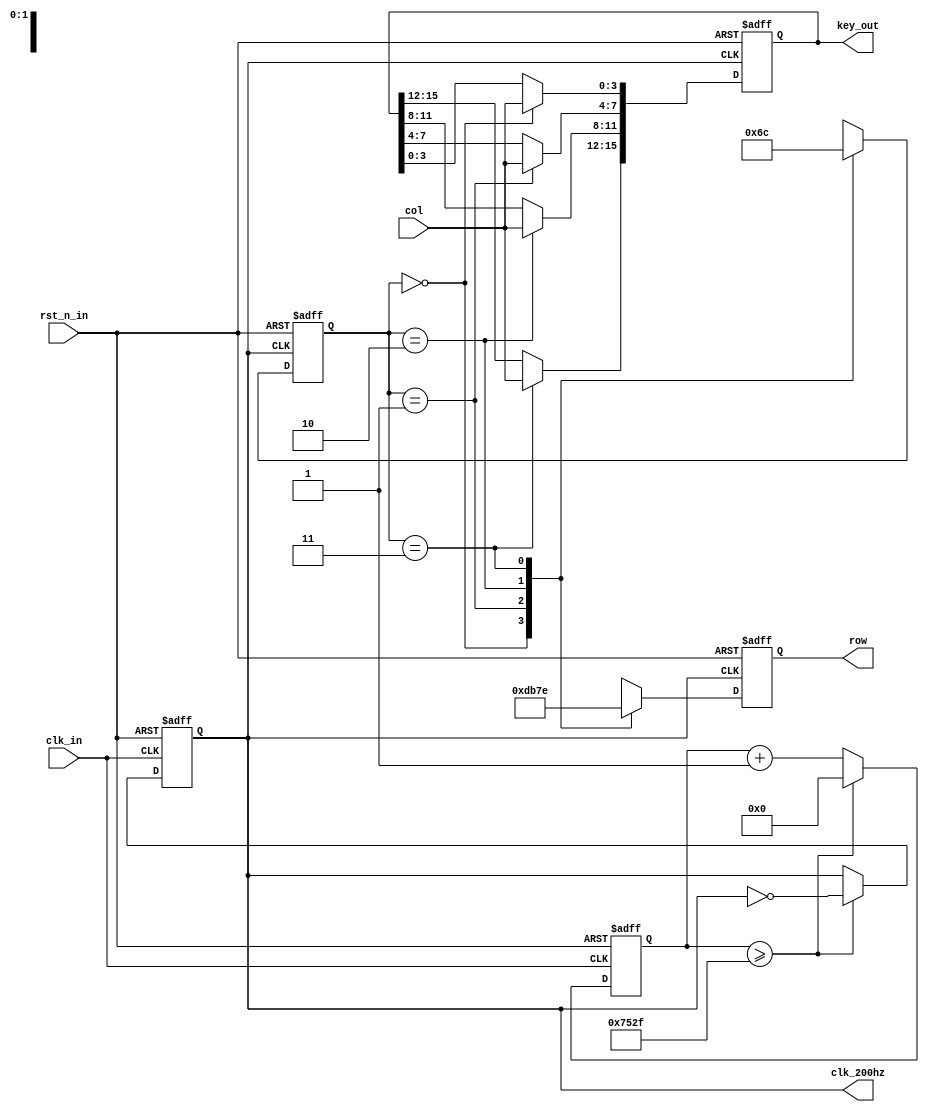
module Array_KeyBoard #
(
	parameter			NUM_FOR_200HZ = 60000	
)
(
	input					clk_in,			
	input					rst_n_in,		
	input			[3:0]	col,
	output 			reg		clk_200hz,
	output	reg		[15:0]  key_out,	
	output	reg		[3:0]	row					
);

	localparam			STATE0 = 2'b00;
	localparam			STATE1 = 2'b01;
	localparam			STATE2 = 2'b10;
	localparam			STATE3 = 2'b11;
 

	reg		[15:0]		cnt;
	always@(posedge clk_in or negedge rst_n_in) begin
		if(!rst_n_in) begin		
			cnt <= 16'd0;
			clk_200hz <= 1'b0;
		end else begin
			if(cnt >= ((NUM_FOR_200HZ>>1) - 1)) begin	
				cnt <= 16'd0;
				clk_200hz <= ~clk_200hz;	
			end else begin
				cnt <= cnt + 1'b1;
				clk_200hz <= clk_200hz;
			end
		end
	end
 
	reg		[1:0]		c_state;
	
	always@(posedge clk_200hz or negedge rst_n_in) begin
		if(!rst_n_in) begin
			c_state <= STATE0;
			row <= 4'b1110;
		end else begin
			case(c_state)
				STATE0: begin c_state <= STATE1; row <= 4'b1101; end	
				STATE1: begin c_state <= STATE2; row <= 4'b1011; end
				STATE2: begin c_state <= STATE3; row <= 4'b0111; end
				STATE3: begin c_state <= STATE0; row <= 4'b1110; end
				default:begin c_state <= STATE0; row <= 4'b1110; end
			endcase
		end
	end
	
 
	always@(negedge clk_200hz or negedge rst_n_in) begin
		if(!rst_n_in) begin
			key_out <= 16'hffff;
		end else begin
			case(c_state)
				STATE0:key_out[3:0] <= col;		
				STATE1:key_out[7:4] <= col;
				STATE2:key_out[11:8] <= col;
				STATE3:key_out[15:12] <= col;
				default:key_out <= 16'hffff;
			endcase
		end
	end  


 
endmodule